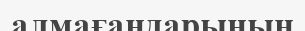
алмағандарының